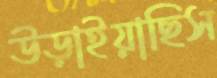
উড়াইয়াছিস